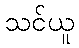
သင်ယူ